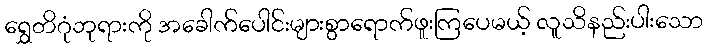
ရွှေတိဂုံဘုရားကို အခေါက်ပေါင်းများစွာရောက်ဖူးကြပေမယ့် လူသိနည်းပါးသော